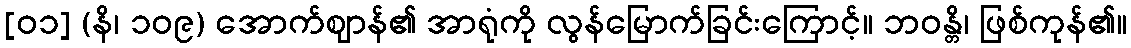
[၀၁] (နိ၊ ၁၀၉) အောက်ဈာန်၏ အာရုံကို လွန်မြောက်ခြင်းကြောင့်။ ဘဝန္တိ၊ ဖြစ်ကုန်၏။